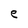
Character: e